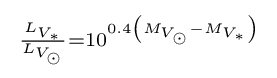
{\begin{smallmatrix}{\frac {L_{V_{\ast }}}{L_{V_{\odot }}}}=10^{0.4\left(M_{V_{\odot }}-M_{V_{\ast }}\right)}\end{smallmatrix}}